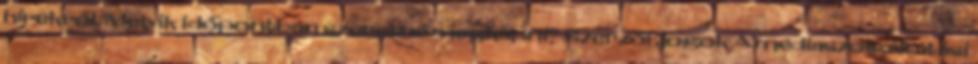
hírekről. Melyik időpontban szeretné megkapni? Szerzői jogok A médiaszolgáltatási